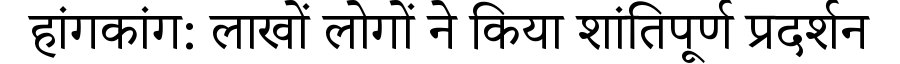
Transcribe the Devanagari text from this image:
हांगकांग: लाखों लोगों ने किया शांतिपूर्ण प्रदर्शन